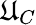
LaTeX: \mathfrak{U}_{C}